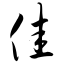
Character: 佳